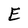
Character: E